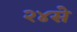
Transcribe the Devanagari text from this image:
२४से